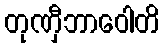
တုဏှီဘာဝေါတိ